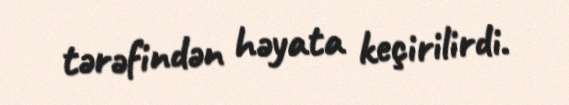
tərəfindən həyata keçirilirdi.